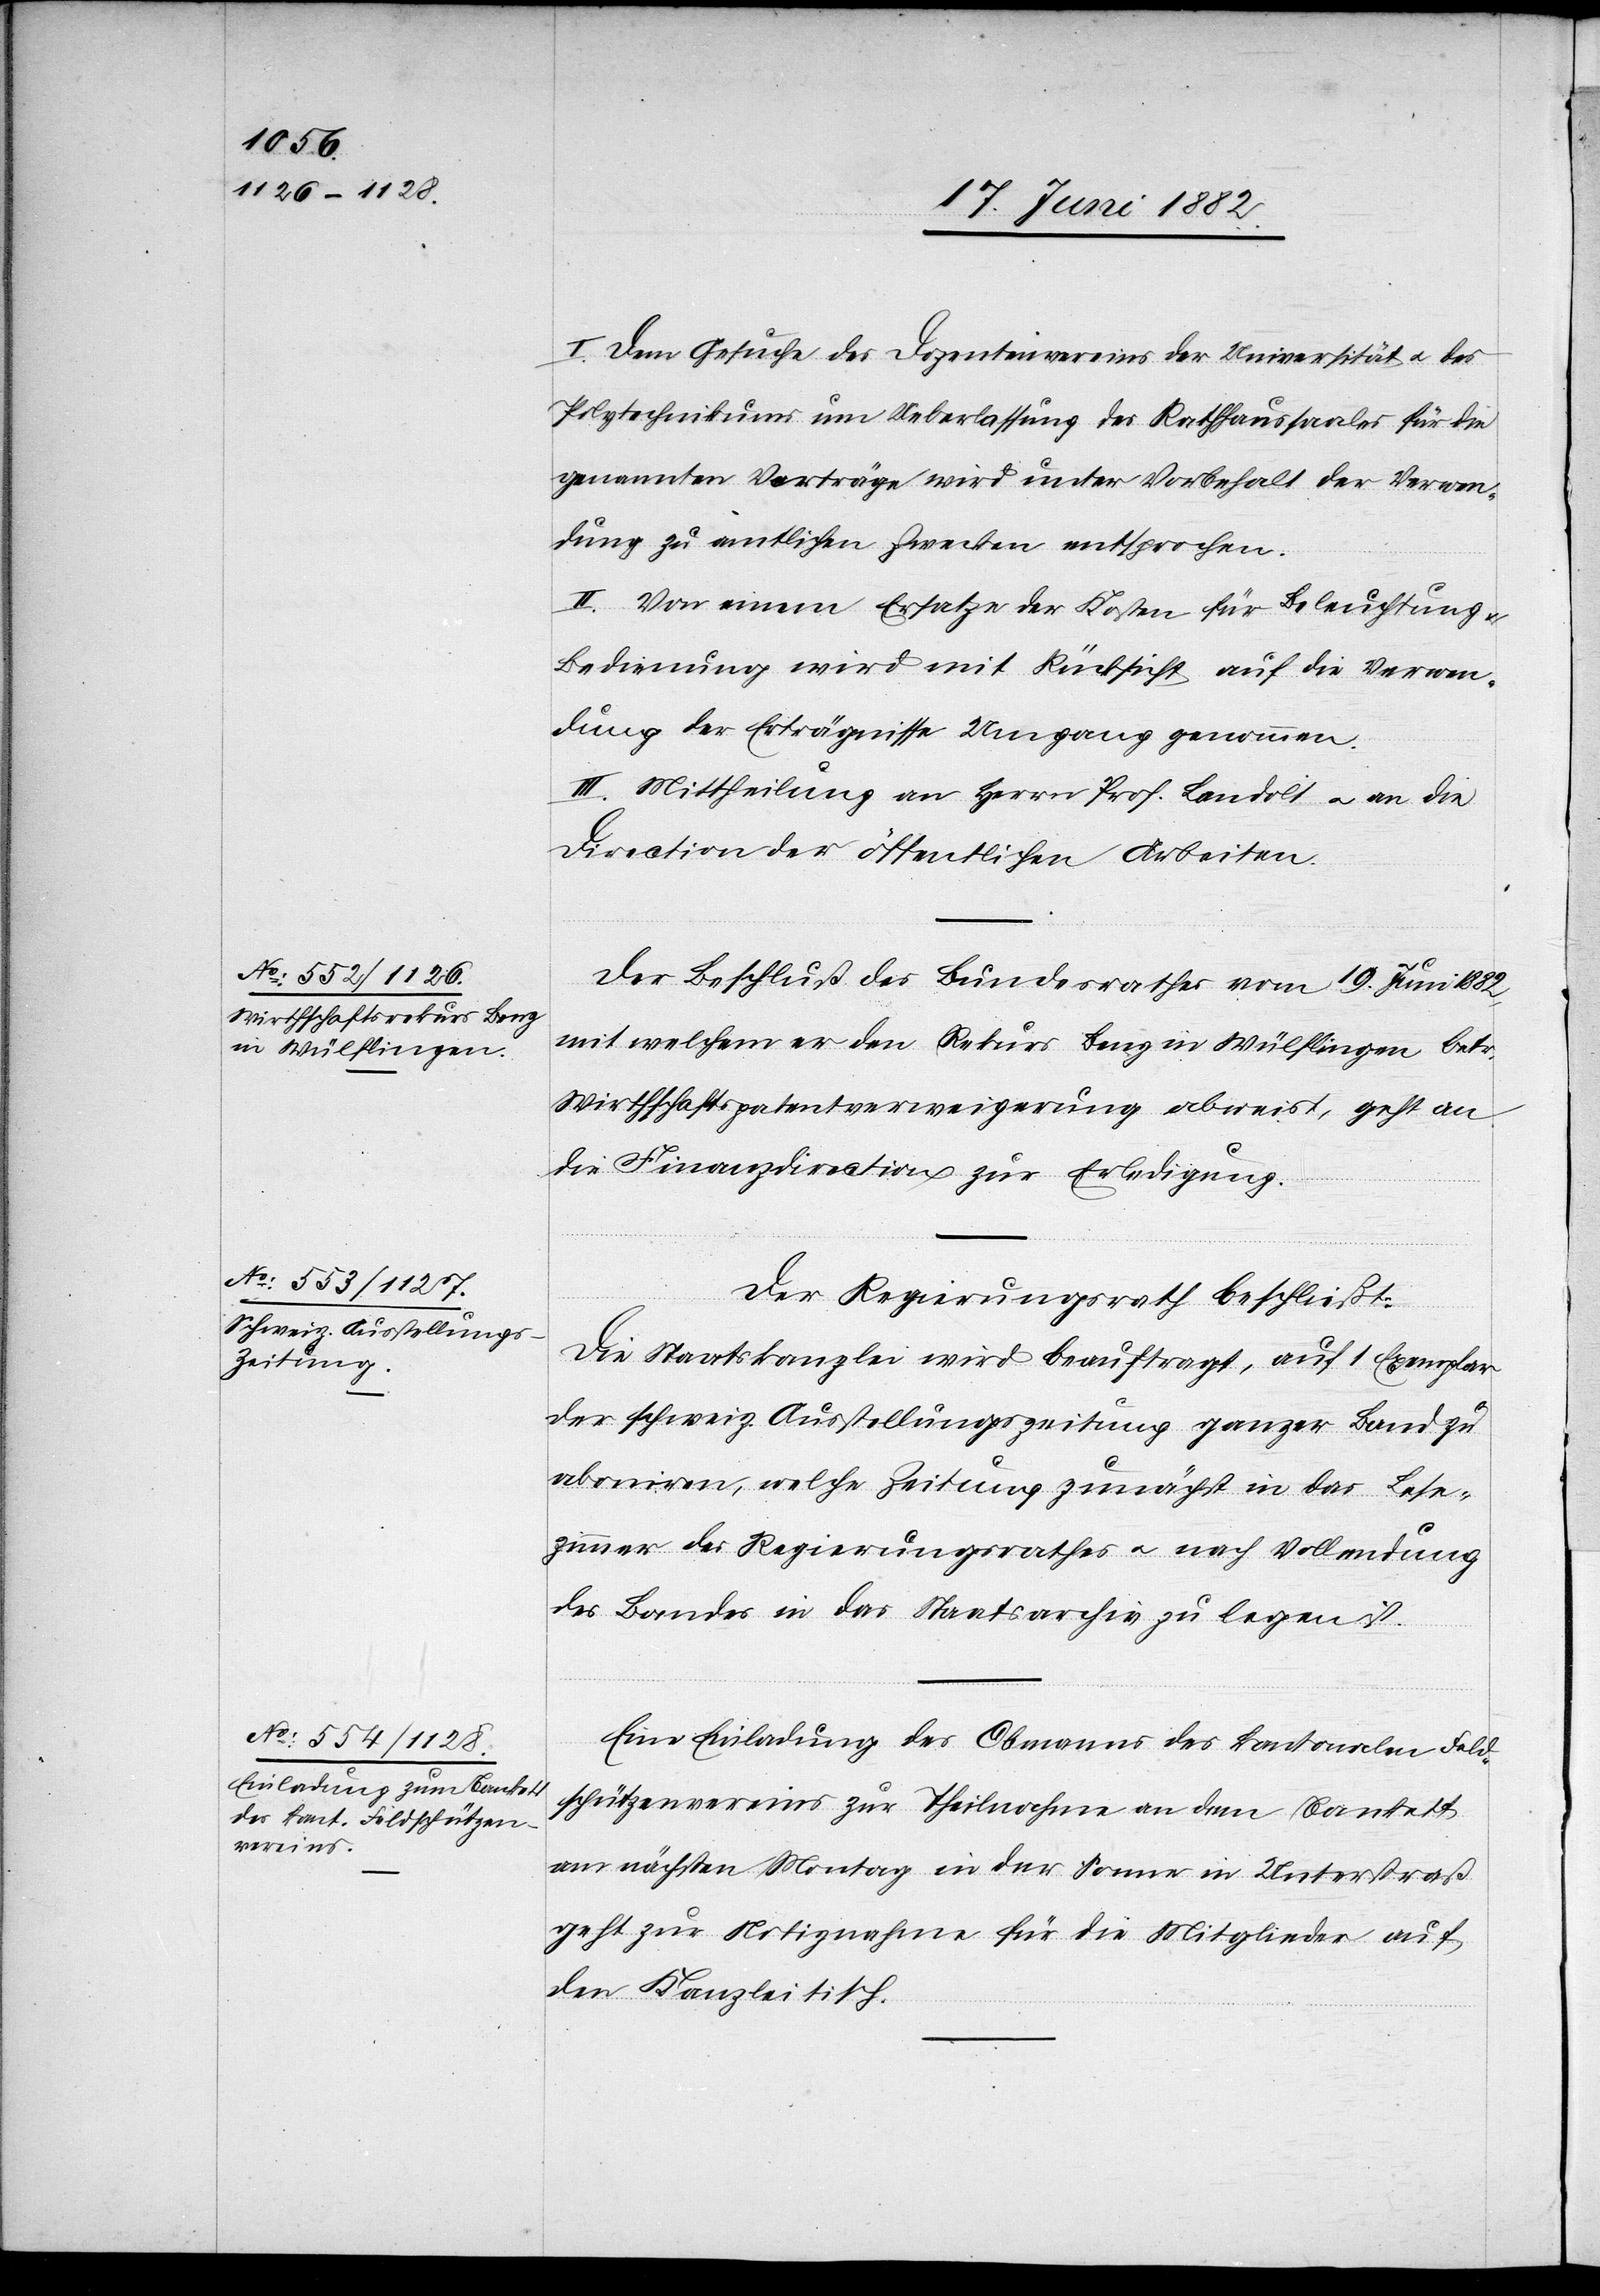
I. Dem Gesuche des Dozentenvereins der Universität u. des
Polytechnikums um Ueberlassung des Rathhaussaales für die
genannten Vorträge wird unter Vorbehalt der Verwen¬
dung zu amtlichen Zwecken entsprochen.
II. Von einem Ersatze der Kosten für Beleuchtung
Bedienung wird mit Rücksicht auf die Verwen¬
dung der Erträgnisse Umgang genommen.
III. Mittheilung an Herrn Prof. Landolt u. an die
Direction der öffentlichen Arbeiten.
Der Beschluß des Bundesrathes vom 19. Juni 1882,
mit welchem er den Rekurs Benz in Wülflingen, betr.
Wirthschaftspatentverweigerung abwies, geht an
die Finanzdirection zur Erledigung.
Der Regierungsrath beschließt:
Die Staatskanzlei wird beauftragt, auf 1 Exemplar
der schweiz. Ausstellungszeitung ganzer Band zu
aboniren [sic!], welche Zeitung zunächst in das Lese¬
zimmer des Regierungsrath u. nach Vollendung
des Bandes in das Staatsarchiv zu legen ist.
Eine Einladung des Obmanns des kantonalen Feld¬
schützenvereins zur Theilnahme an dem Bankett
am nächsten Monat in der Sonne in Unterstraß
geht zur Notiznahme für die Mitglieder auf
den Kanzleitisch.